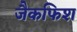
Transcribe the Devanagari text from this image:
जैकफिश